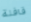
قافلة